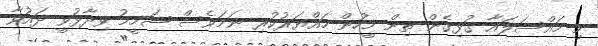
މި މައްސަލައާ ގުޅިގެން ތިން މީހުން ހައްޔަރުކުރި ނަމަވެސް ޝަމީމު ވިދާޅުވީ ދައުވާ